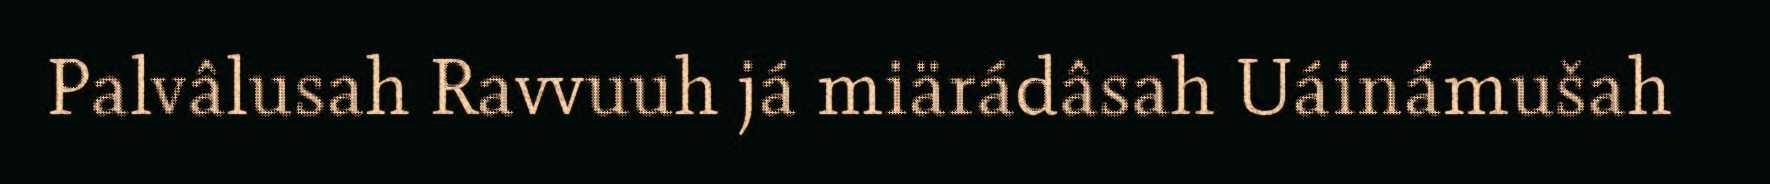
Palvâlusah Ravvuuh já miärádâsah Uáinámušah